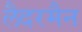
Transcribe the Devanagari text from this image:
लैदरमैन